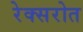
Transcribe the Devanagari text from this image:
रेक्सरोत